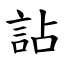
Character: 詀